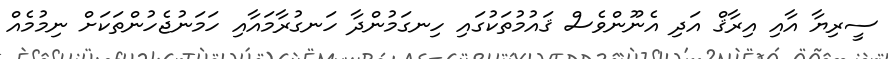
ސީރިޔާ އާއި އިރާޤް އަދި އެނޫންވެސް ޤައުމުތަކުގައި ހިނގަމުންދާ ހަނގުރާމައާއި ހަމަނުޖެހުންތަކަށް ނިމުމެއް